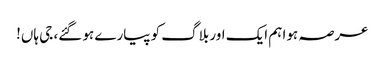
عرصہ ہوا ہم ایک اور بلاگ کو پیارے ہو گئے، جی ہاں!